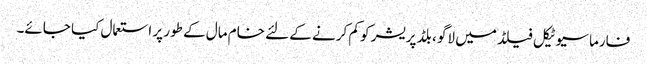
فارماسیوٹیکل فیلڈ میں لاگو ، بلڈ پریشر کو کم کرنے کے لئے خام مال کے طور پر استعمال کیا جائے۔